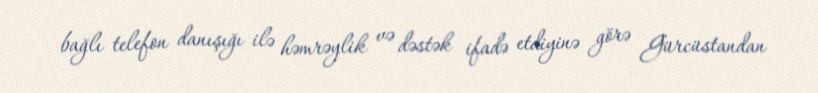
bağlı telefon danışığı ilə həmrəylik və dəstək ifadə etdiyinə görə Gürcüstandan